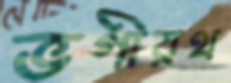
ভগীরথ